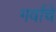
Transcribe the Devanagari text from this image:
गर्वाचे